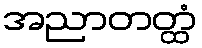
အညာတတ္ထံ